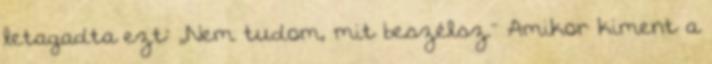
letagadta ezt: ,,Nem tudom, mit beszélsz.'' Amikor kiment a